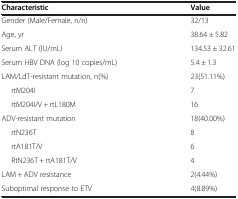
| Characteristic | Value |
 | --- | --- |
 | Gender (Male/Female, n/n) | 32/13 |
 | Age, yr | 38.64 ± 5.82 |
 | Serum ALT (IU/mL) | 134.53 ± 32.61 |
 | Serum HBV DNA (log 10 copies/mL) | 5.4 ± 1.3 |
 | LAM/LdT-resistant mutation, n(%) | 23(51.11%) |
 | rtM204I | 7 |
 | rtM204I/V + rtL180M | 16 |
 | ADV-resistant mutation | 18(40.00%) |
 | rtN236T | 8 |
 | rtA181T/V | 6 |
 | RtN236T + rtA181T/V | 4 |
 | LAM + ADV resistance | 2(4.44%) |
 | Suboptimal response to ETV | 4(8.89%) |